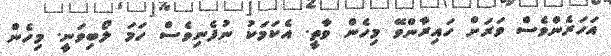
އަހަރެންވެސް ވަރަށް ހައިރާންވޭ މިހެން ވާތީ. އެކަމަކު ނުފެނިވެސް ހަމަ ލޯބިވަނީ. މިހެން